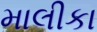
માલીકા